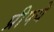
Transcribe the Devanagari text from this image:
प्रीपये